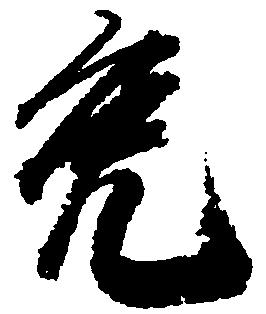
免